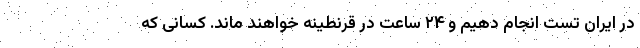
در ایران تست انجام دهیم و ۲۴ ساعت در قرنطینه خواهند ماند. کسانی که